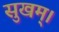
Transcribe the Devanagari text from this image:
सुखम्।